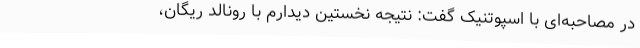
در مصاحبه‌ای با اسپوتنیک گفت: نتیجه نخستین دیدارم با رونالد ریگان،